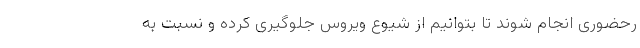
رحضوری انجام شوند تا بتوانیم از شیوع ویروس جلوگیری کرده و نسبت به